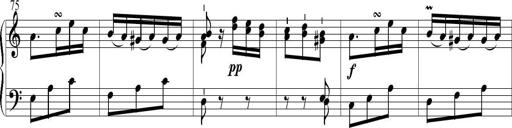
Title: 6 Leichte Sonatinen, Teil 1
Composer: F. Sigismund Sander